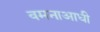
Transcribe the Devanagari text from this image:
वमनाआधी